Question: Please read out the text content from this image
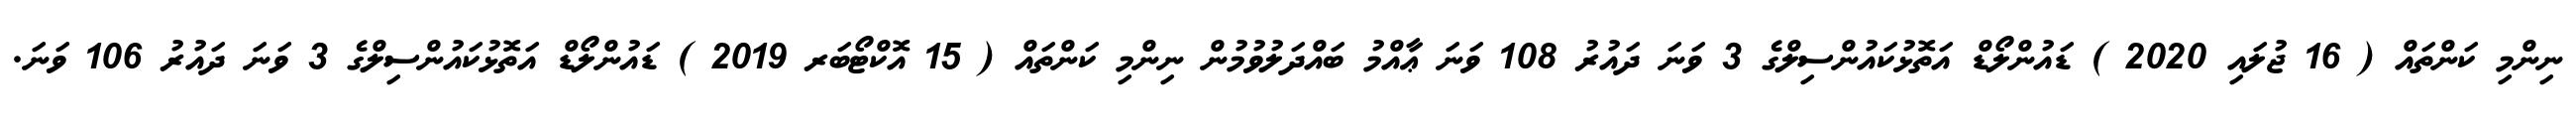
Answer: ނިންމި ކަންތައް ( 16 ޖުލައި 2020 ) ޑައުންލޯޑް އަތޮޅުކައުންސިލްގެ 3 ވަނަ ދައުރު 108 ވަނަ ޢާއްމު ބައްދަލުވުމުން ނިންމި ކަންތައް ( 15 އޮކްޓޯބަރ 2019 ) ޑައުންލޯޑް އަތޮޅުކައުންސިލްގެ 3 ވަނަ ދައުރު 106 ވަނަ.